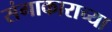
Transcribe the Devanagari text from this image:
संगाकाराच्या